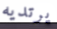
يرتديه